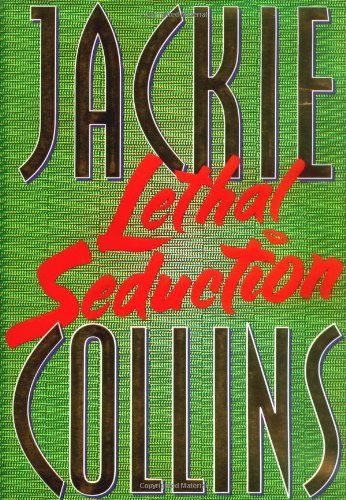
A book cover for Lethal Seduction; Jackie Collins; Romance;